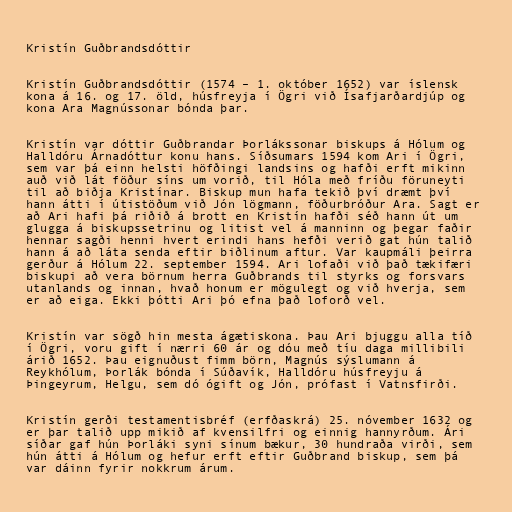
Kristín Guðbrandsdóttir

Kristín Guðbrandsdóttir (1574 – 1. október 1652) var íslensk
kona á 16. og 17. öld, húsfreyja í Ögri við Ísafjarðardjúp og
kona Ara Magnússonar bónda þar.

Kristín var dóttir Guðbrandar Þorlákssonar biskups á Hólum og
Halldóru Árnadóttur konu hans. Síðsumars 1594 kom Ari í Ögri,
sem var þá einn helsti höfðingi landsins og hafði erft mikinn
auð við lát föður síns um vorið, til Hóla með fríðu föruneyti
til að biðja Kristínar. Biskup mun hafa tekið því dræmt því
hann átti í útistöðum við Jón lögmann, föðurbróður Ara. Sagt er
að Ari hafi þá riðið á brott en Kristín hafði séð hann út um
glugga á biskupssetrinu og litist vel á manninn og þegar faðir
hennar sagði henni hvert erindi hans hefði verið gat hún talið
hann á að láta senda eftir biðlinum aftur. Var kaupmáli þeirra
gerður á Hólum 22. september 1594. Ari lofaði við það tækifæri
biskupi að vera börnum herra Guðbrands til styrks og forsvars
utanlands og innan, hvað honum er mögulegt og við hverja, sem
er að eiga. Ekki þótti Ari þó efna það loforð vel.

Kristín var sögð hin mesta ágætiskona. Þau Ari bjuggu alla tíð
í Ögri, voru gift í nærri 60 ár og dóu með tíu daga millibili
árið 1652. Þau eignuðust fimm börn, Magnús sýslumann á
Reykhólum, Þorlák bónda í Súðavík, Halldóru húsfreyju á
Þingeyrum, Helgu, sem dó ógift og Jón, prófast í Vatnsfirði.

Kristín gerði testamentisbréf (erfðaskrá) 25. nóvember 1632 og
er þar talið upp mikið af kvensilfri og einnig hannyrðum. Ári
síðar gaf hún Þorláki syni sínum bækur, 30 hundraða virði, sem
hún átti á Hólum og hefur erft eftir Guðbrand biskup, sem þá
var dáinn fyrir nokkrum árum.